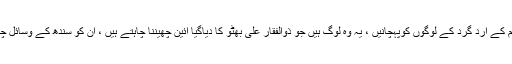
انہوں نے کہا کہ عوام وزیر اعظم کے ارد گرد کے لوگوں کوپہچانیں ، یہ وہ لوگ ہیں جو ذوالفقار علی بھٹو کا دیاگیا آئین چھیننا چاہتے ہیں ، ان کو سندھ کے وسائل چاہئے اور سندھ کی گیس چاہیے ۔